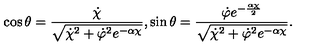
\cos \theta = \frac { \dot { \chi } } { \sqrt { \dot { \chi } ^ { 2 } + \dot { \varphi } ^ { 2 } e ^ { - \alpha \chi } } } , \sin \theta = \frac { \dot { \varphi } e ^ { - \frac { \alpha \chi } { 2 } } } { \sqrt { \dot { \chi } ^ { 2 } + \dot { \varphi } ^ { 2 } e ^ { - \alpha \chi } } } .